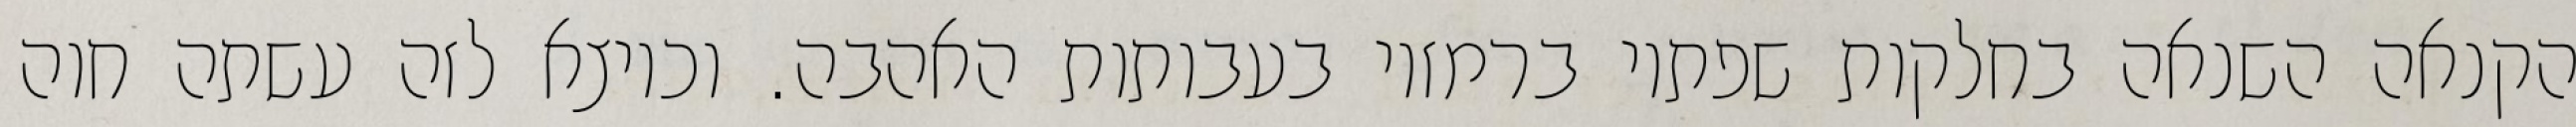
הקנאה השנאה בחלקות שפתיו ברמזיו בעבותות האהבה. וכיוצא לזה עשתה חוה